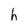
Character: h